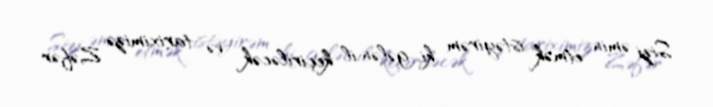
Sizi əmin etmək istəyirəm ki, gələn il keçiriləcək və tariximizə Zəfər